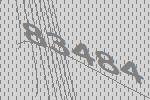
83484